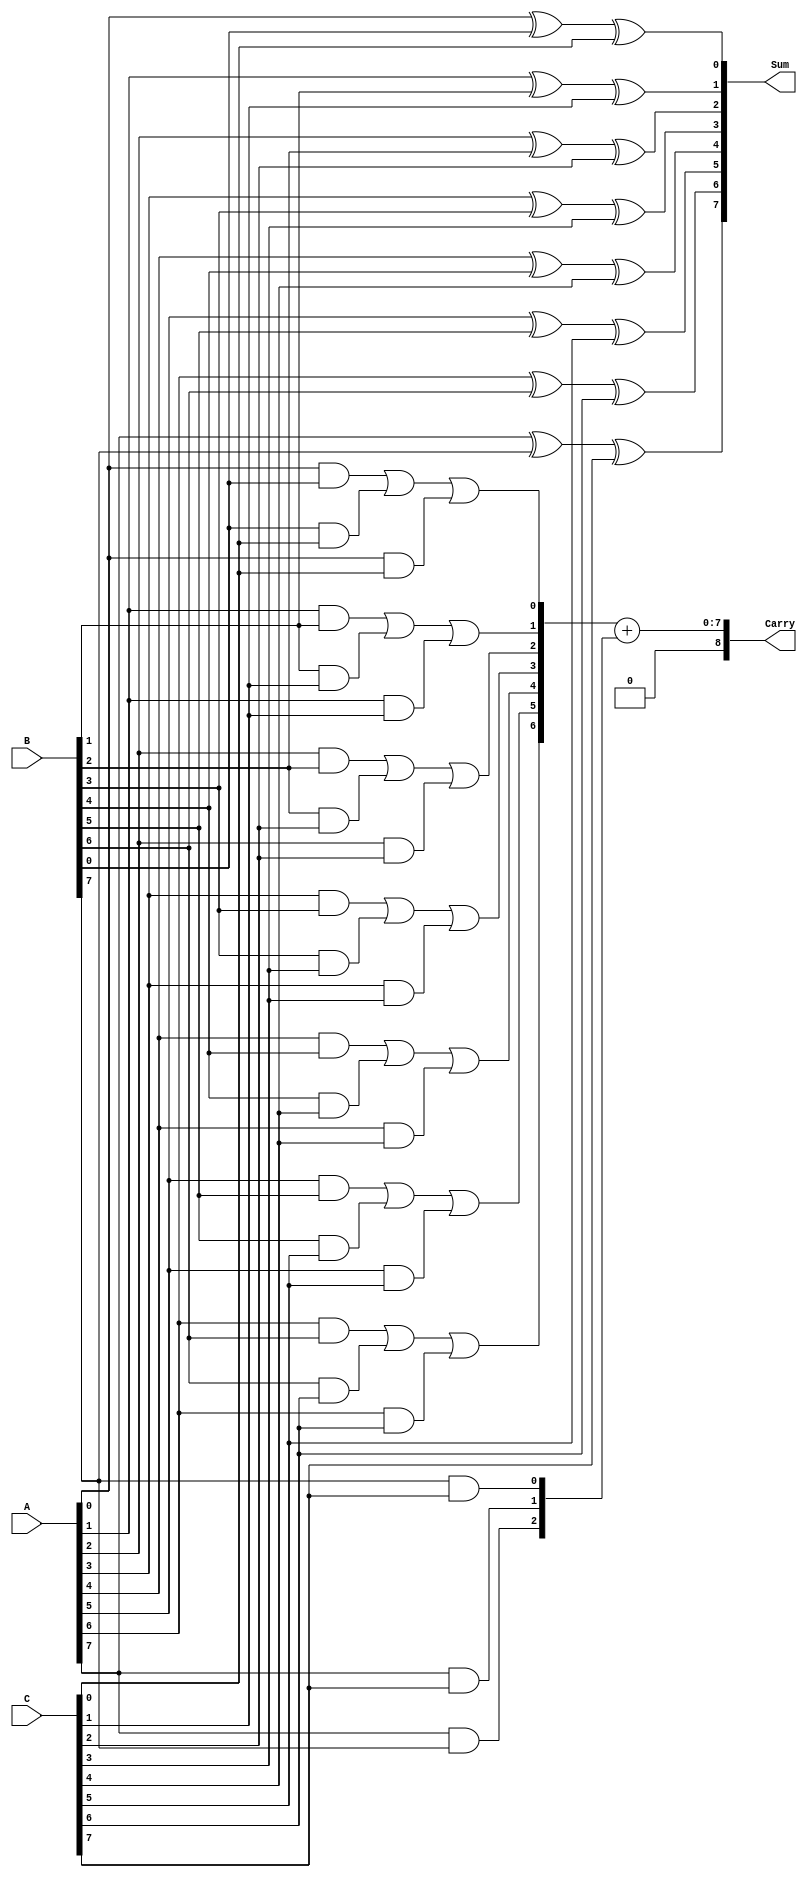
module CarrySaveAdder #(parameter N = 8) (
    input  wire [N-1:0] A, // First operand
    input  wire [N-1:0] B, // Second operand
    input  wire [N-1:0] C, // Third operand
    output wire [N-1:0] Sum, // Preliminary sum output
    output wire [N:0]   Carry // Carry output (N+1 bits to accommodate carry out)
);

    // Intermediate carry signals
    wire [N-1:0] carry;

    // Generate the sum and carry bits
    genvar i;
    generate
        for (i = 0; i < N; i = i + 1) begin : CSA
            // Calculate the sum bit
            assign Sum[i] = A[i] ^ B[i] ^ C[i];

            // Calculate the carry bit for the next position
            if (i < N-1) begin
                assign carry[i] = (A[i] & B[i]) | (B[i] & C[i]) | (A[i] & C[i]);
            end else begin
                assign carry[i] = 1'b0; // No carry out for the last bit
            end
        end
    endgenerate

    // Assign the final carry output
    assign Carry = {1'b0, carry} + {1'b0, A[N-1] & B[N-1], A[N-1] & C[N-1], B[N-1] & C[N-1]};

endmodule